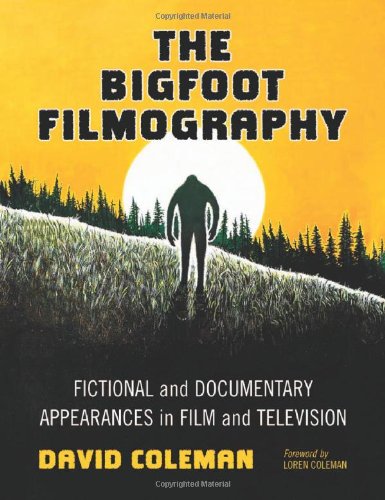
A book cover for The Bigfoot Filmography: Fictional and Documentary Appearances in Film and Television; David Coleman; Humor & Entertainment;